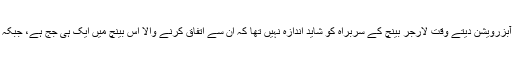
‘ایسا فیصلہ دیں گے کہ بیس برس تک بھی لوگوں کو یاد رہے گا‘ یہ آبزرویشن دیتے وقت لارجر بینچ کے سربراہ کو شاید اندازہ نہیں تھا کہ ان سے اتفاق کرنے والا اس بینچ میں ایک ہی جج ہے، جبکہ اکثریت مکمل طور پر وہی فیصلہ نہیں دیں گے جو ان کا فیصلہ ہوگا۔